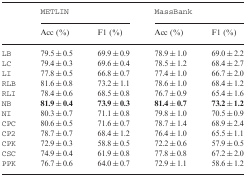
<table><thead><tr><td></td><td colspan="2"><b>METLIN</b></td><td colspan="2"><b>MassBank</b></td></tr><tr><td></td><td><b>Acc (%)</b></td><td><b>F1 (%)</b></td><td><b>Acc (%)</b></td><td><b>F1 (%)</b></td></tr></thead><tbody><tr><td>LB</td><td>79.5 ± 0.5</td><td>69.9 ± 0.9</td><td>78.9 ± 1.0</td><td>69.0 ± 2.2</td></tr><tr><td>LC</td><td>79.4 ± 0.3</td><td>69.6 ± 0.4</td><td>78.5 ± 1.2</td><td>68.4 ± 2.7</td></tr><tr><td>LI</td><td>77.8 ± 0.5</td><td>66.8 ± 0.7</td><td>77.4 ± 1.0</td><td>66.7 ± 2.0</td></tr><tr><td>RLB</td><td>81.6 ± 0.8</td><td>73.2 ± 1.1</td><td>78.6 ± 1.0</td><td>68.4 ± 1.2</td></tr><tr><td>RLI</td><td>78.4 ± 0.6</td><td>68.5 ± 0.8</td><td>76.7 ± 0.9</td><td>65.4 ± 1.6</td></tr><tr><td>NB</td><td><b>81.9 ± 0.4</b></td><td><b>73.9 ± 0.3</b></td><td><b>81.4 ± 0.7</b></td><td><b>73.2 ± 1.2</b></td></tr><tr><td>NI</td><td>80.3 ± 0.7</td><td>71.1 ± 0.8</td><td>79.8 ± 1.0</td><td>70.5 ± 0.9</td></tr><tr><td>CPC</td><td>80.6 ± 0.5</td><td>71.6 ± 0.7</td><td>78.7 ± 1.4</td><td>68.9 ± 2.4</td></tr><tr><td>CP2</td><td>78.7 ± 0.7</td><td>68.4 ± 1.2</td><td>76.4 ± 1.0</td><td>65.5 ± 1.1</td></tr><tr><td>CPK</td><td>72.9 ± 0.3</td><td>58.8 ± 0.5</td><td>72.2 ± 0.6</td><td>57.9 ± 0.5</td></tr><tr><td>CSC</td><td>74.9 ± 0.4</td><td>61.9 ± 0.8</td><td>77.8 ± 0.8</td><td>67.2 ± 2.0</td></tr><tr><td>PPK</td><td>76.7 ± 0.6</td><td>64.0 ± 0.7</td><td>72.9 ± 1.1</td><td>58.6 ± 1.2</td></tr></tbody></table>